Vaccination in Burma 1920-1933 - 1920-1933
Year: 1920
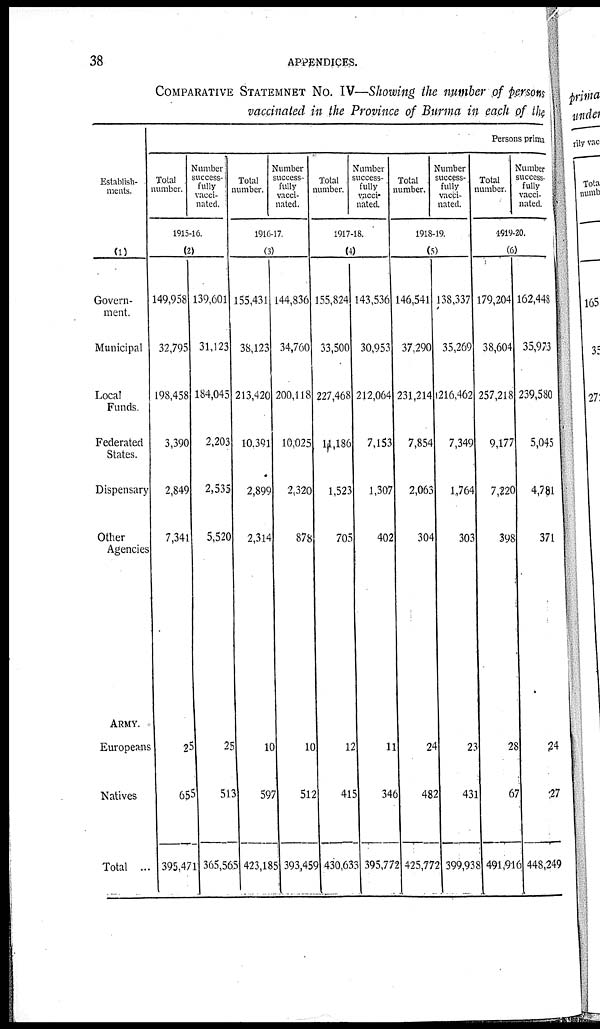
38
APPENDICES.
COMPARATIVE STATEMENT No. IV—Showing the number of persons
vaccinated in the Province of Burma in each of the
Establish-
ments.
(1)
Govern-
ment.
Municipal
Local
Funds.
Federated
States.
Dispensary
Other
Agencies
ARMY.
Europeans
Natives
Total ...
Persons prima
Total
number.
Number
success-
fully
vacci-
nated.
1915-16.
(2)
149,958
32,795
198,458
3,390
2,849
7,341
25
655
395,471
139,601
31,123
184,045
2,203
2,535
5,520
25
513
365,565
Total
number.
Number
success-
fully
vacci-
nated.
1916-17.
(3)
155,431
38,123
213,420
10,391
2,899
2,314
10
597
423,185
144,836
34,760
200,118
10,025
2,320
878
10
512
393,459
Total
number.
Number
success-
fully
vacci-
nated.
1917-18.
(4)
155,824
33,500
227,468
11,186
1,523
705
12
415
430,633
143,536
30,953
212,064
7,153
1,307
402
11
346
395,772
Total
number.
Number
success-
fully
vacci-
nated.
1918-19.
(5)
146,541
37,290
231,214
7,854
2,063
304
24
482
425,772
138,337
35,269
216,462
7,349
1,764
303
23
431
399,938
Total
number.
Number
success-
fully
vacci-
nated.
1919-20.
(6)
179,204
38,604
257,218
9,177
7,220
398
28
67
491,916
162,448
35,973
239,580
5,045
4,781
371
24
27
448,249